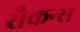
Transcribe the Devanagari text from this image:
सैकन्स